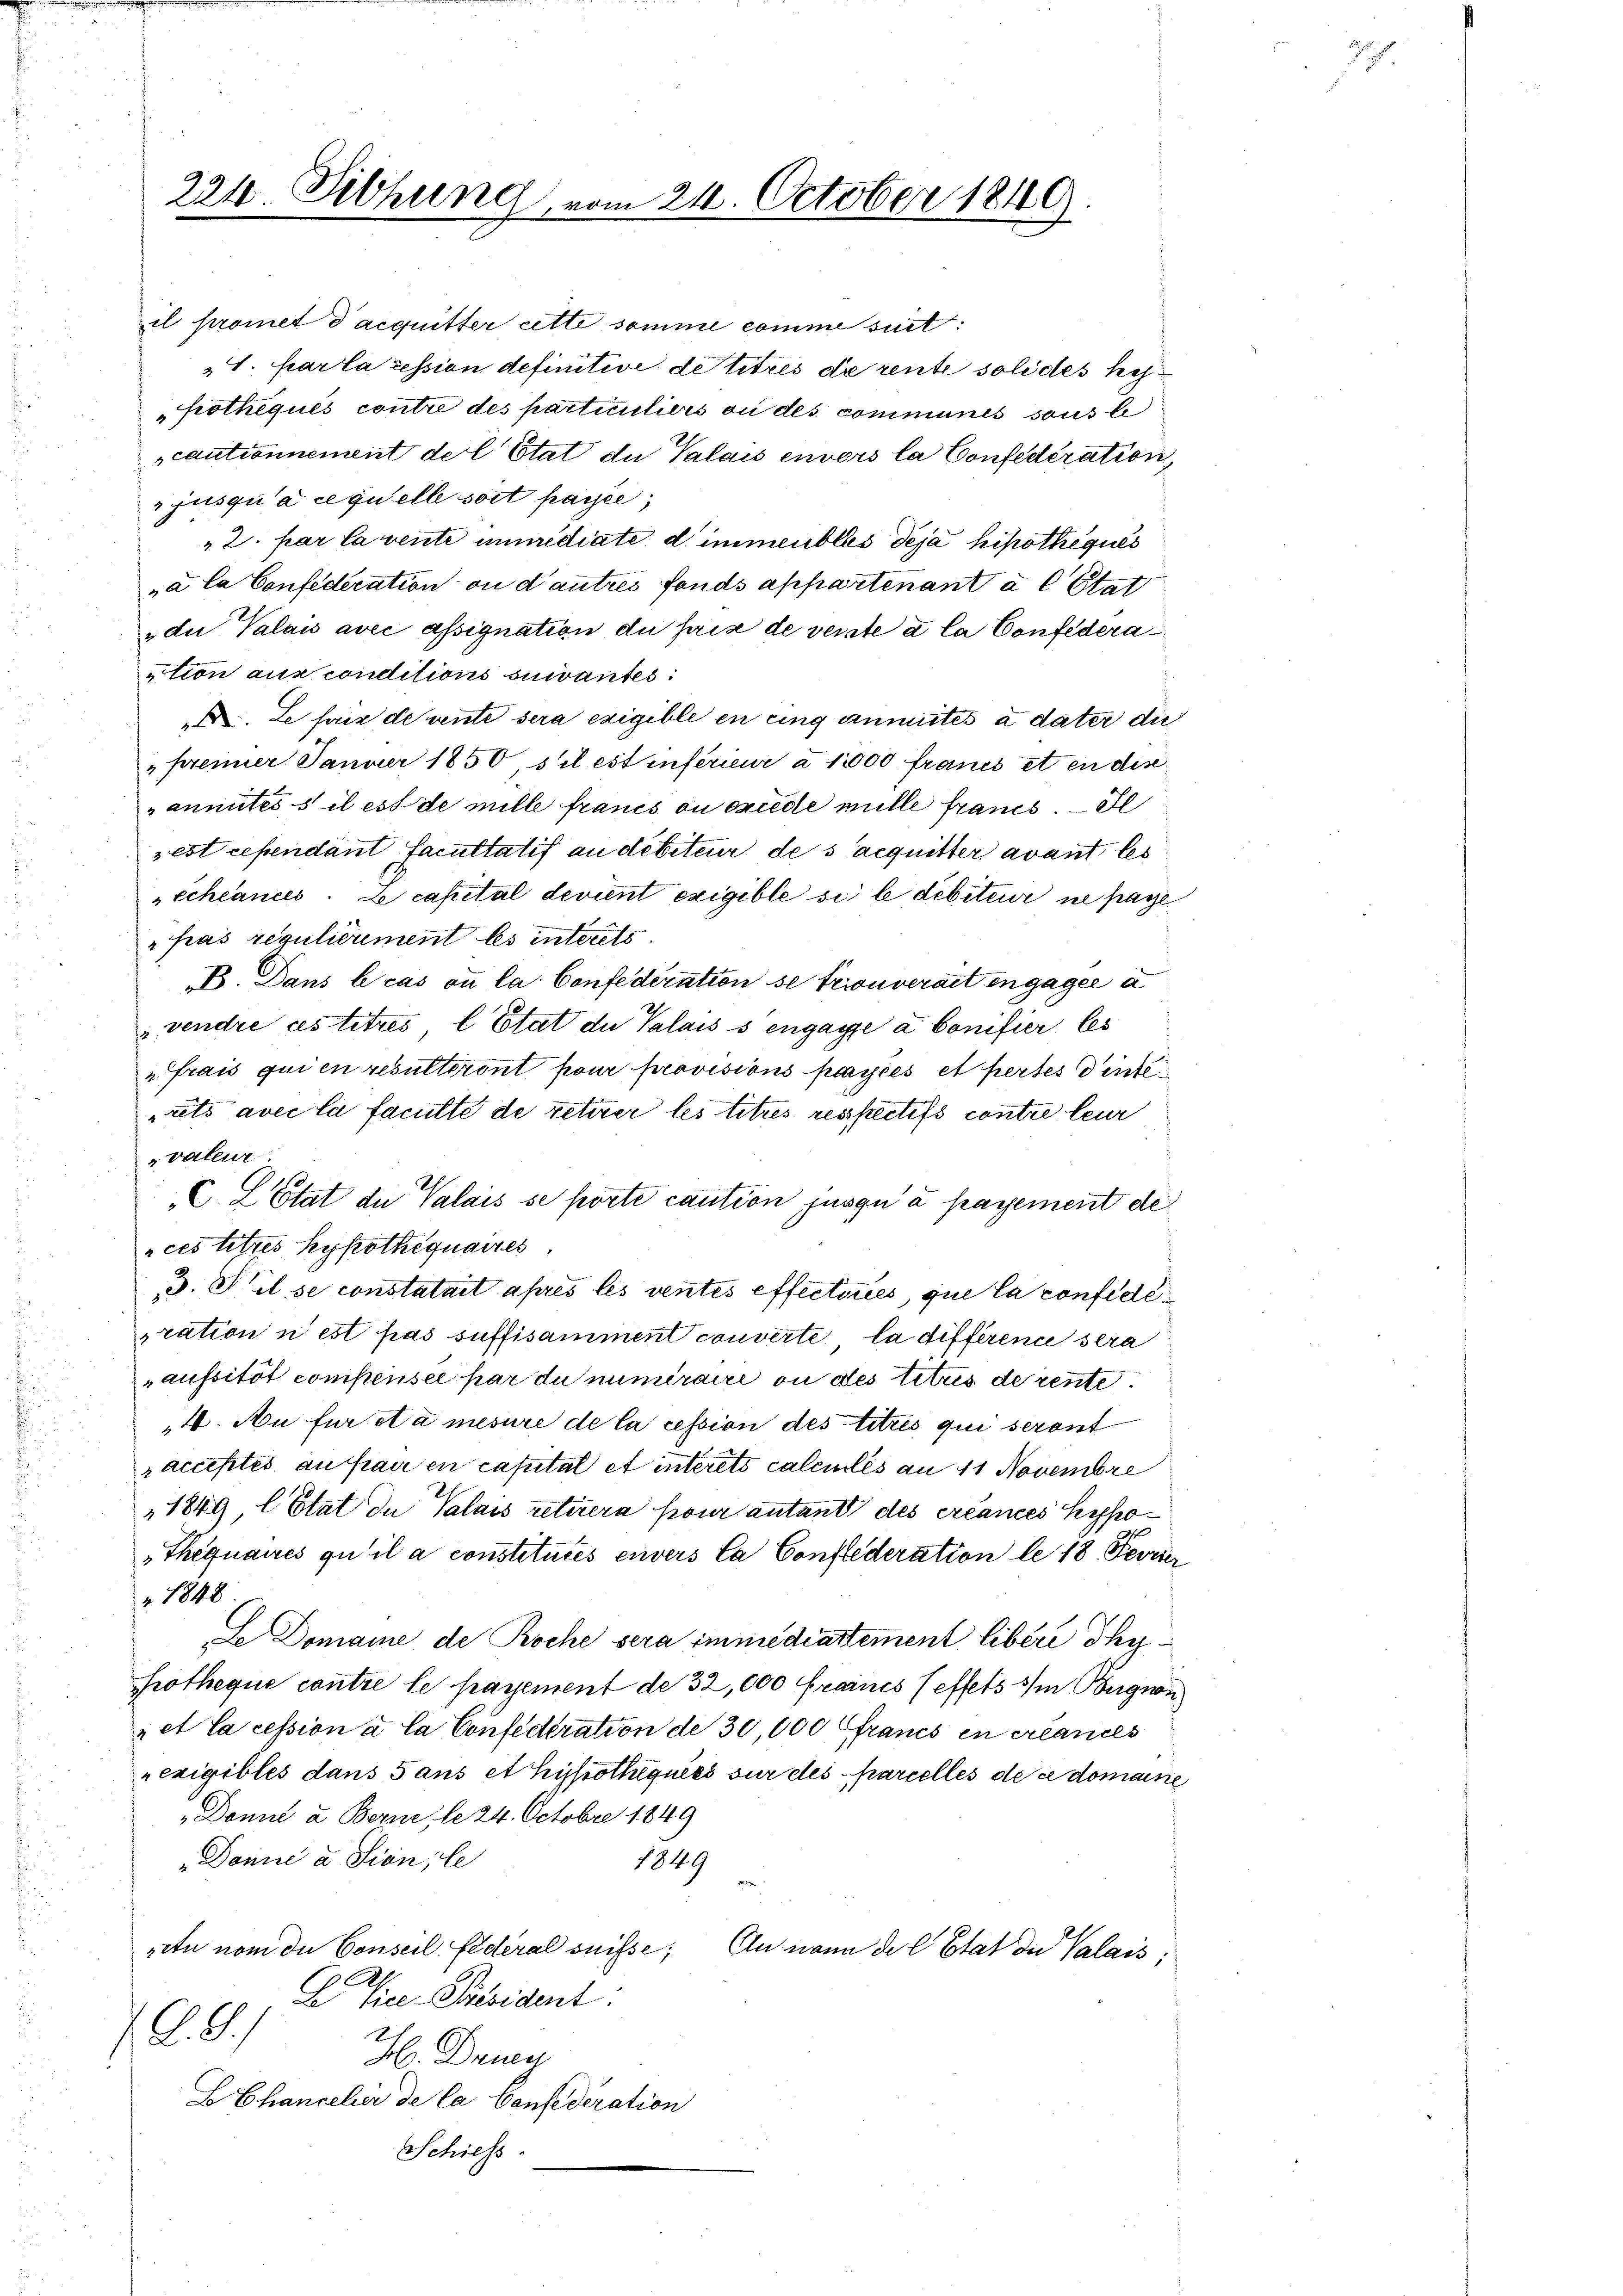
224. Sitzung, von

il promet d’acquitter ritte somme comme suit:
S. Parla cession definitive de titres de rente solides her¬
Protheques contre des particuliers ou des communes sous l
cautionnement der Etat du Valais envors la Confederation,
jusqu’à ce quelle soit payée,
» 2. par la vente iuridiate d immeubles deja hipotheques
„à la Confederation ou d’autres fonds appartenant a l Stat
„du Valais avec assignation du prix de verste à la Confederation aus conditions suivantes:
 Le fir de rente sera exigible en eing anmutes à dater die
„premier Januar 1850 s’il est inférieur à 10000 francs et en dis
anmutes s il est de mille francs ou oriede mille francs. Il
sest cependant Facultatif an debiteur des acquitter avant les
échéances. Le capital devient exigible si le debiteur ne paye
"fras regulièrement les interets.
B. Dans le cas ou la Confederation se trouverait engagel a
 vendre ces titres l’Etat die Valais s engage a Conifier les
"frais qui en resulteront pour provisions payées et pertes inte
rets avec la faculté de retirer les titres respectifs contre leur
„valeur.
C. L Etat du Valais se porte caution jusqu’ à payement de
ces titres Hypothequaires
3. S’il se constatait après les ventes effecturies, que la confide
pration n’est pas suffisamment converte la différence sera
aufsität compensée par du numéraire ou des titus de rente
4. Au für et a mesure de la cession des titres qui seront
racceptés au par en capital et interets calcules an 11 Novembre
1849 (Etat de Valais retirera pour autant des créances hypo¬
„Thequaires qu’il a constitutes envers Ca Conflederation le 18. Fevrier
r 1848.
Le Domaine, de Roche sera immédiartement libére hy
hotheque contre le payement de 32, 000 Francs effets im Begnan
et la cession à la Confecteration de 30,000 francs en créances
rexigibles dans 5 aus et hypothéquées sur des parcelles die domaine
„Donne u Berne, le 24. Octobre 1849
Donne a Sion, le
1849
retu nom die Conseil fédéral suisse,
An mann des Etat der Valais;
C Vice-Präsident.
.G.)
H. Bry
EChancelier de la Confederation
Schiess

21. October 1849